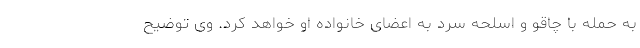
به حمله با چاقو و اسلحه سرد به اعضای خانواده او خواهد کرد. وی توضیح